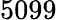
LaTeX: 5099